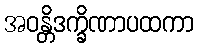
အဝန္တိဒက္ခိဏာပထကာ